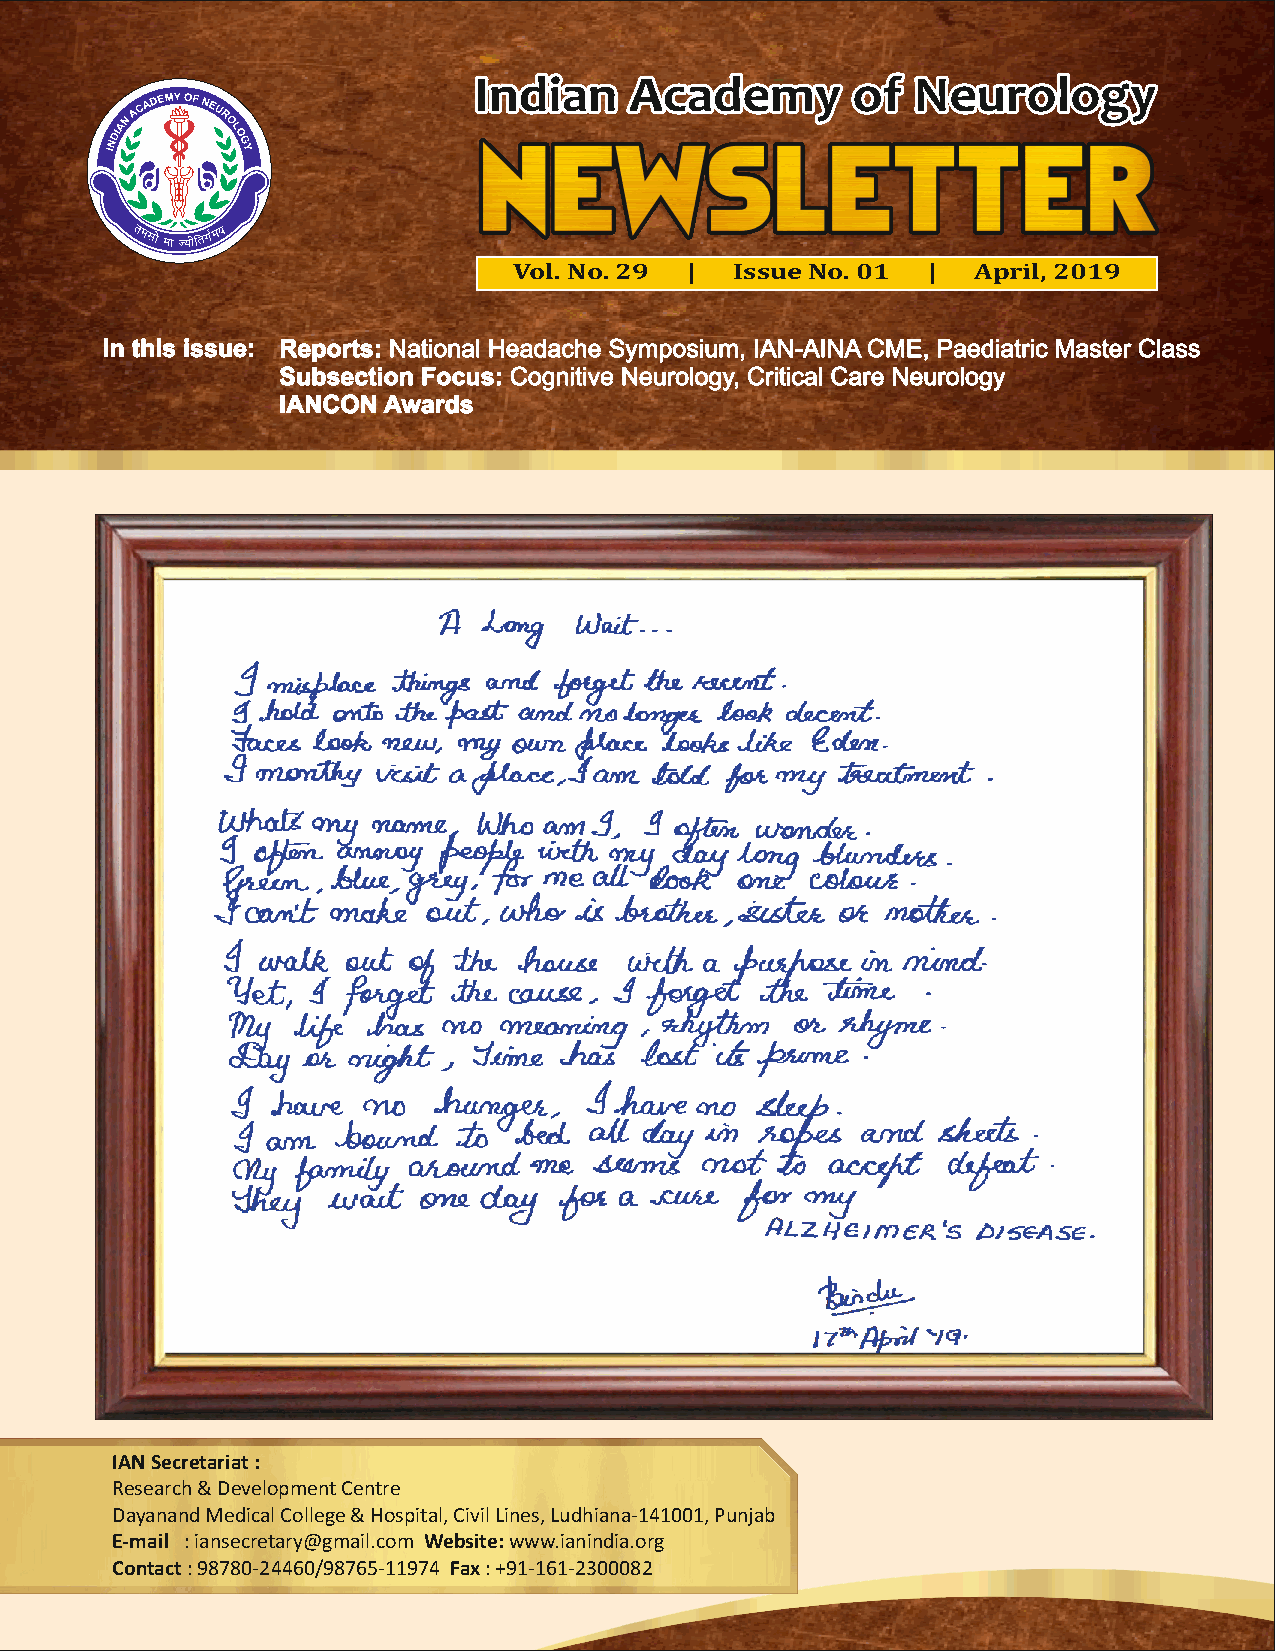
IIInnndddiiiaaannn AAAcccaaadddeeemmmyyy ooofff NNNeeeuuurrrooolllooogggyyy
 Vol. No. 29 |  Issue No. 01 |  April, 2019
 In this issue: Reports: National Headache Symposium, IAN-AINA CME, Paediatric Master Class
 Subsection Focus: Cognitive Neurology, Critical Care Neurology
 IANCON Awards
 IAN Secretariat :
 Research & Development Centre
 Dayanand Medical College & Hospital, Civil Lines, Ludhiana-141001, Punjab
 E-mail : iansecretary@gmail.com Website: www.ianindia.org
 Contact : 98780-24460/98765-11974 Fax : +91-161-2300082